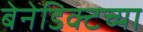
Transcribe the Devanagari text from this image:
बेनेडिक्टच्या